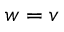
\boldsymbol { w } = \boldsymbol { v }